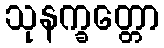
သုနက္ခတ္တော